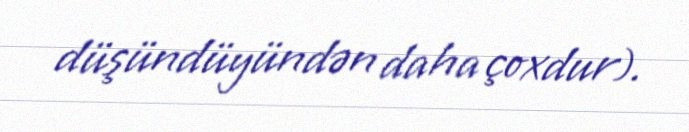
düşündüyündən daha çoxdur).